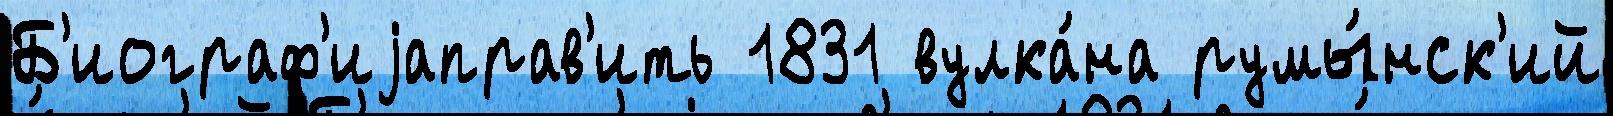
Б'иограф'иjаправ'ить 1831 вулка́на румы́нск'ий